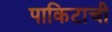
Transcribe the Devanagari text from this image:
पाकिटाची